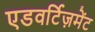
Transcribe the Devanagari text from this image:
एडवर्टिज़मेंट